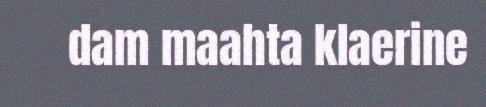
dam maahta klaerine